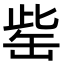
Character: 𦈬